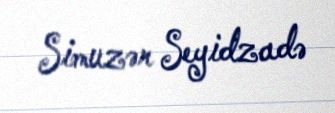
Simuzər Seyidzadə